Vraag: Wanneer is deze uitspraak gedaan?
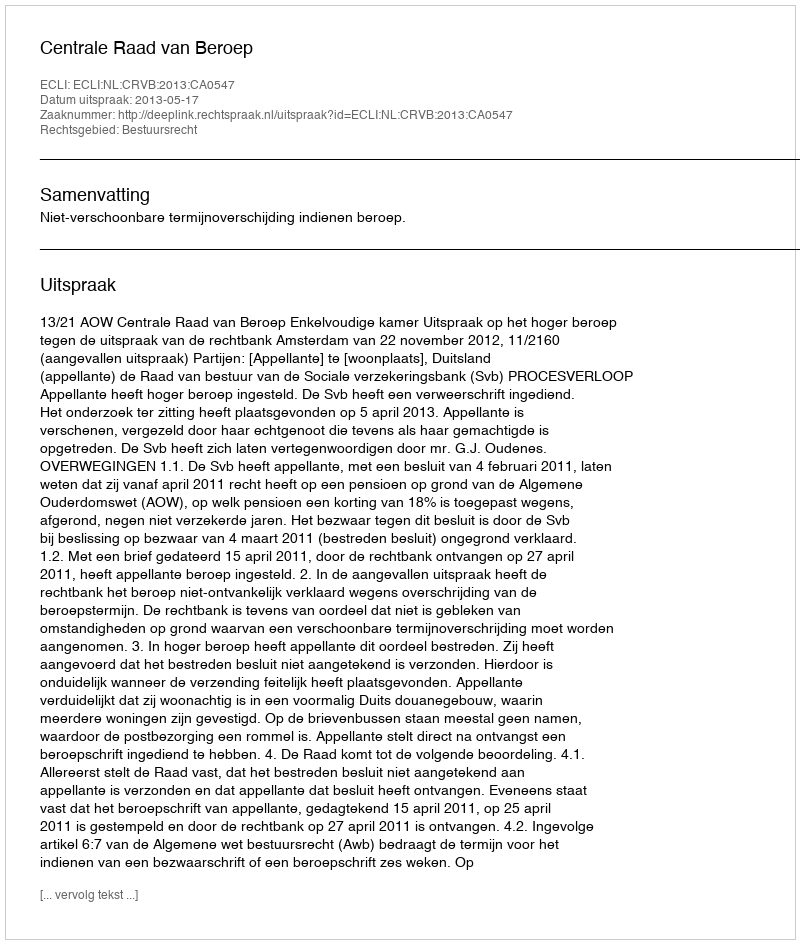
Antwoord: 2013-05-17